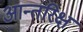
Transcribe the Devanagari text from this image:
आन्तरिक्ष